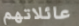
عائلاتهم